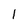
Character: l